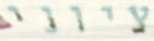
ציוני